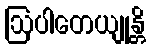
ဩပါတေယျုန္တိ